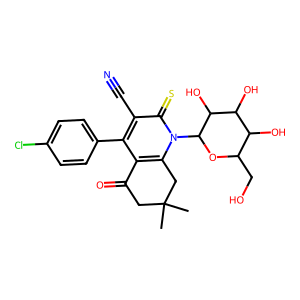
SMILES: CC1(C)CC(=O)c2c(-c3ccc(Cl)cc3)c(C#N)c(=S)n(C3OC(CO)C(O)C(O)C3O)c2C1
Inhibits HIV replication: No